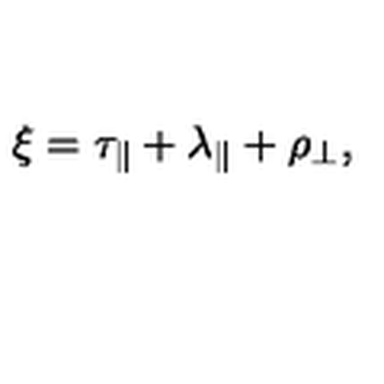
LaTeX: \xi = \tau _ { \parallel } + \lambda _ { \parallel } + \rho _ { \perp } ,